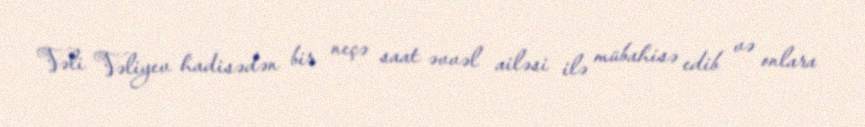
Vəli Vəliyev hadisədən bir neçə saat əvvəl ailəsi ilə mübahisə edib və onlara